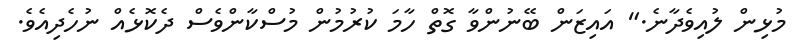
މުޅިން ލުއިވެދާނެ." އައިޒަން ބޭނުންވާ ގޮތް ހާމަ ކުރުމުން މުސްކާންވެސް ދެކޮޅެއް ނުހެދިއެވެ.